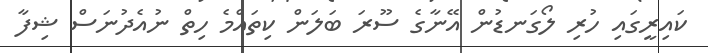
ކައިރީގައި ހުރި ލޯގަނޑުން އޭނާގެ ސޫރަ ބަލަން ކިތައްމެ ހިތް ނުއެދުނަސް ޝިފާ